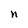
Character: n